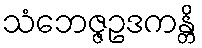
သံဘေဇ္ဇဥဒကန္တိ